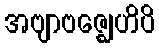
အဗျာဗဇ္ဈေဟိပိ